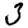
Digit: 3